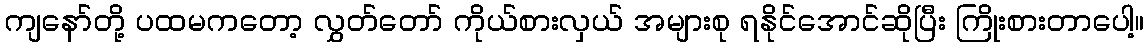
ကျနော်တို့ ပထမကတော့ လွှတ်တော် ကိုယ်စားလှယ် အများစု ရနိုင်အောင်ဆိုပြီး ကြိုးစားတာပေါ့။